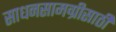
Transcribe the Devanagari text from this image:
साधनसामग्रीसाठी